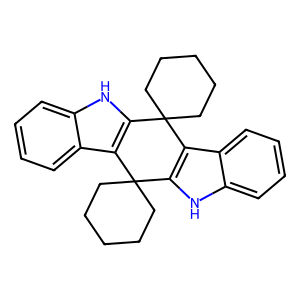
SMILES: c1ccc2c3c([nH]c2c1)C1(CCCCC1)c1c([nH]c2ccccc12)C31CCCCC1
Inhibits HIV replication: No